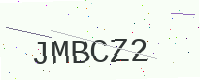
Text: JMBCZ2